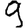
Digit: 9